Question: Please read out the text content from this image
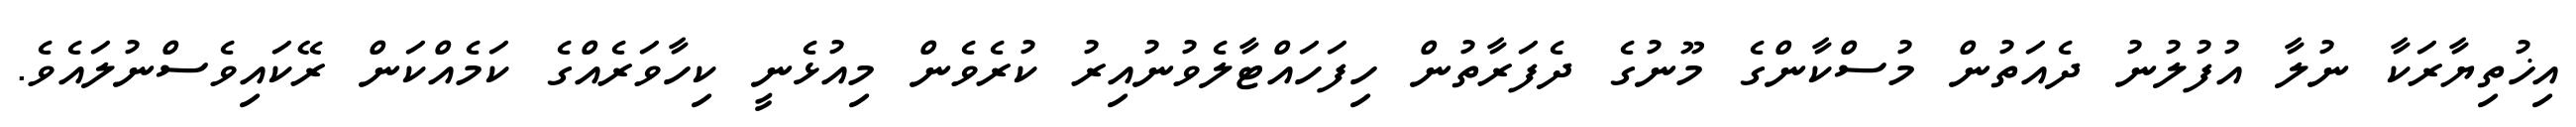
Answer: އިޚުތިޔާރަކާ ނުލާ އުފުލުނު ދެއަތުން މުސްކާންގެ މޫނުގެ ދެފަރާތުން ހިފަހައްޓާލެވުނުއިރު ކުރެވެން މިއުޅެނީ ކިހާވަރެއްގެ ކަމެއްކަން ރޭކައިވެސްނުލައެވެ.